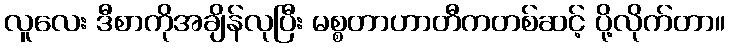
လူလေး ဒီစာကိုအချိန်လုပြီး မစ္စတာဟာတီကတစ်ဆင့် ပို့လိုက်တာ။